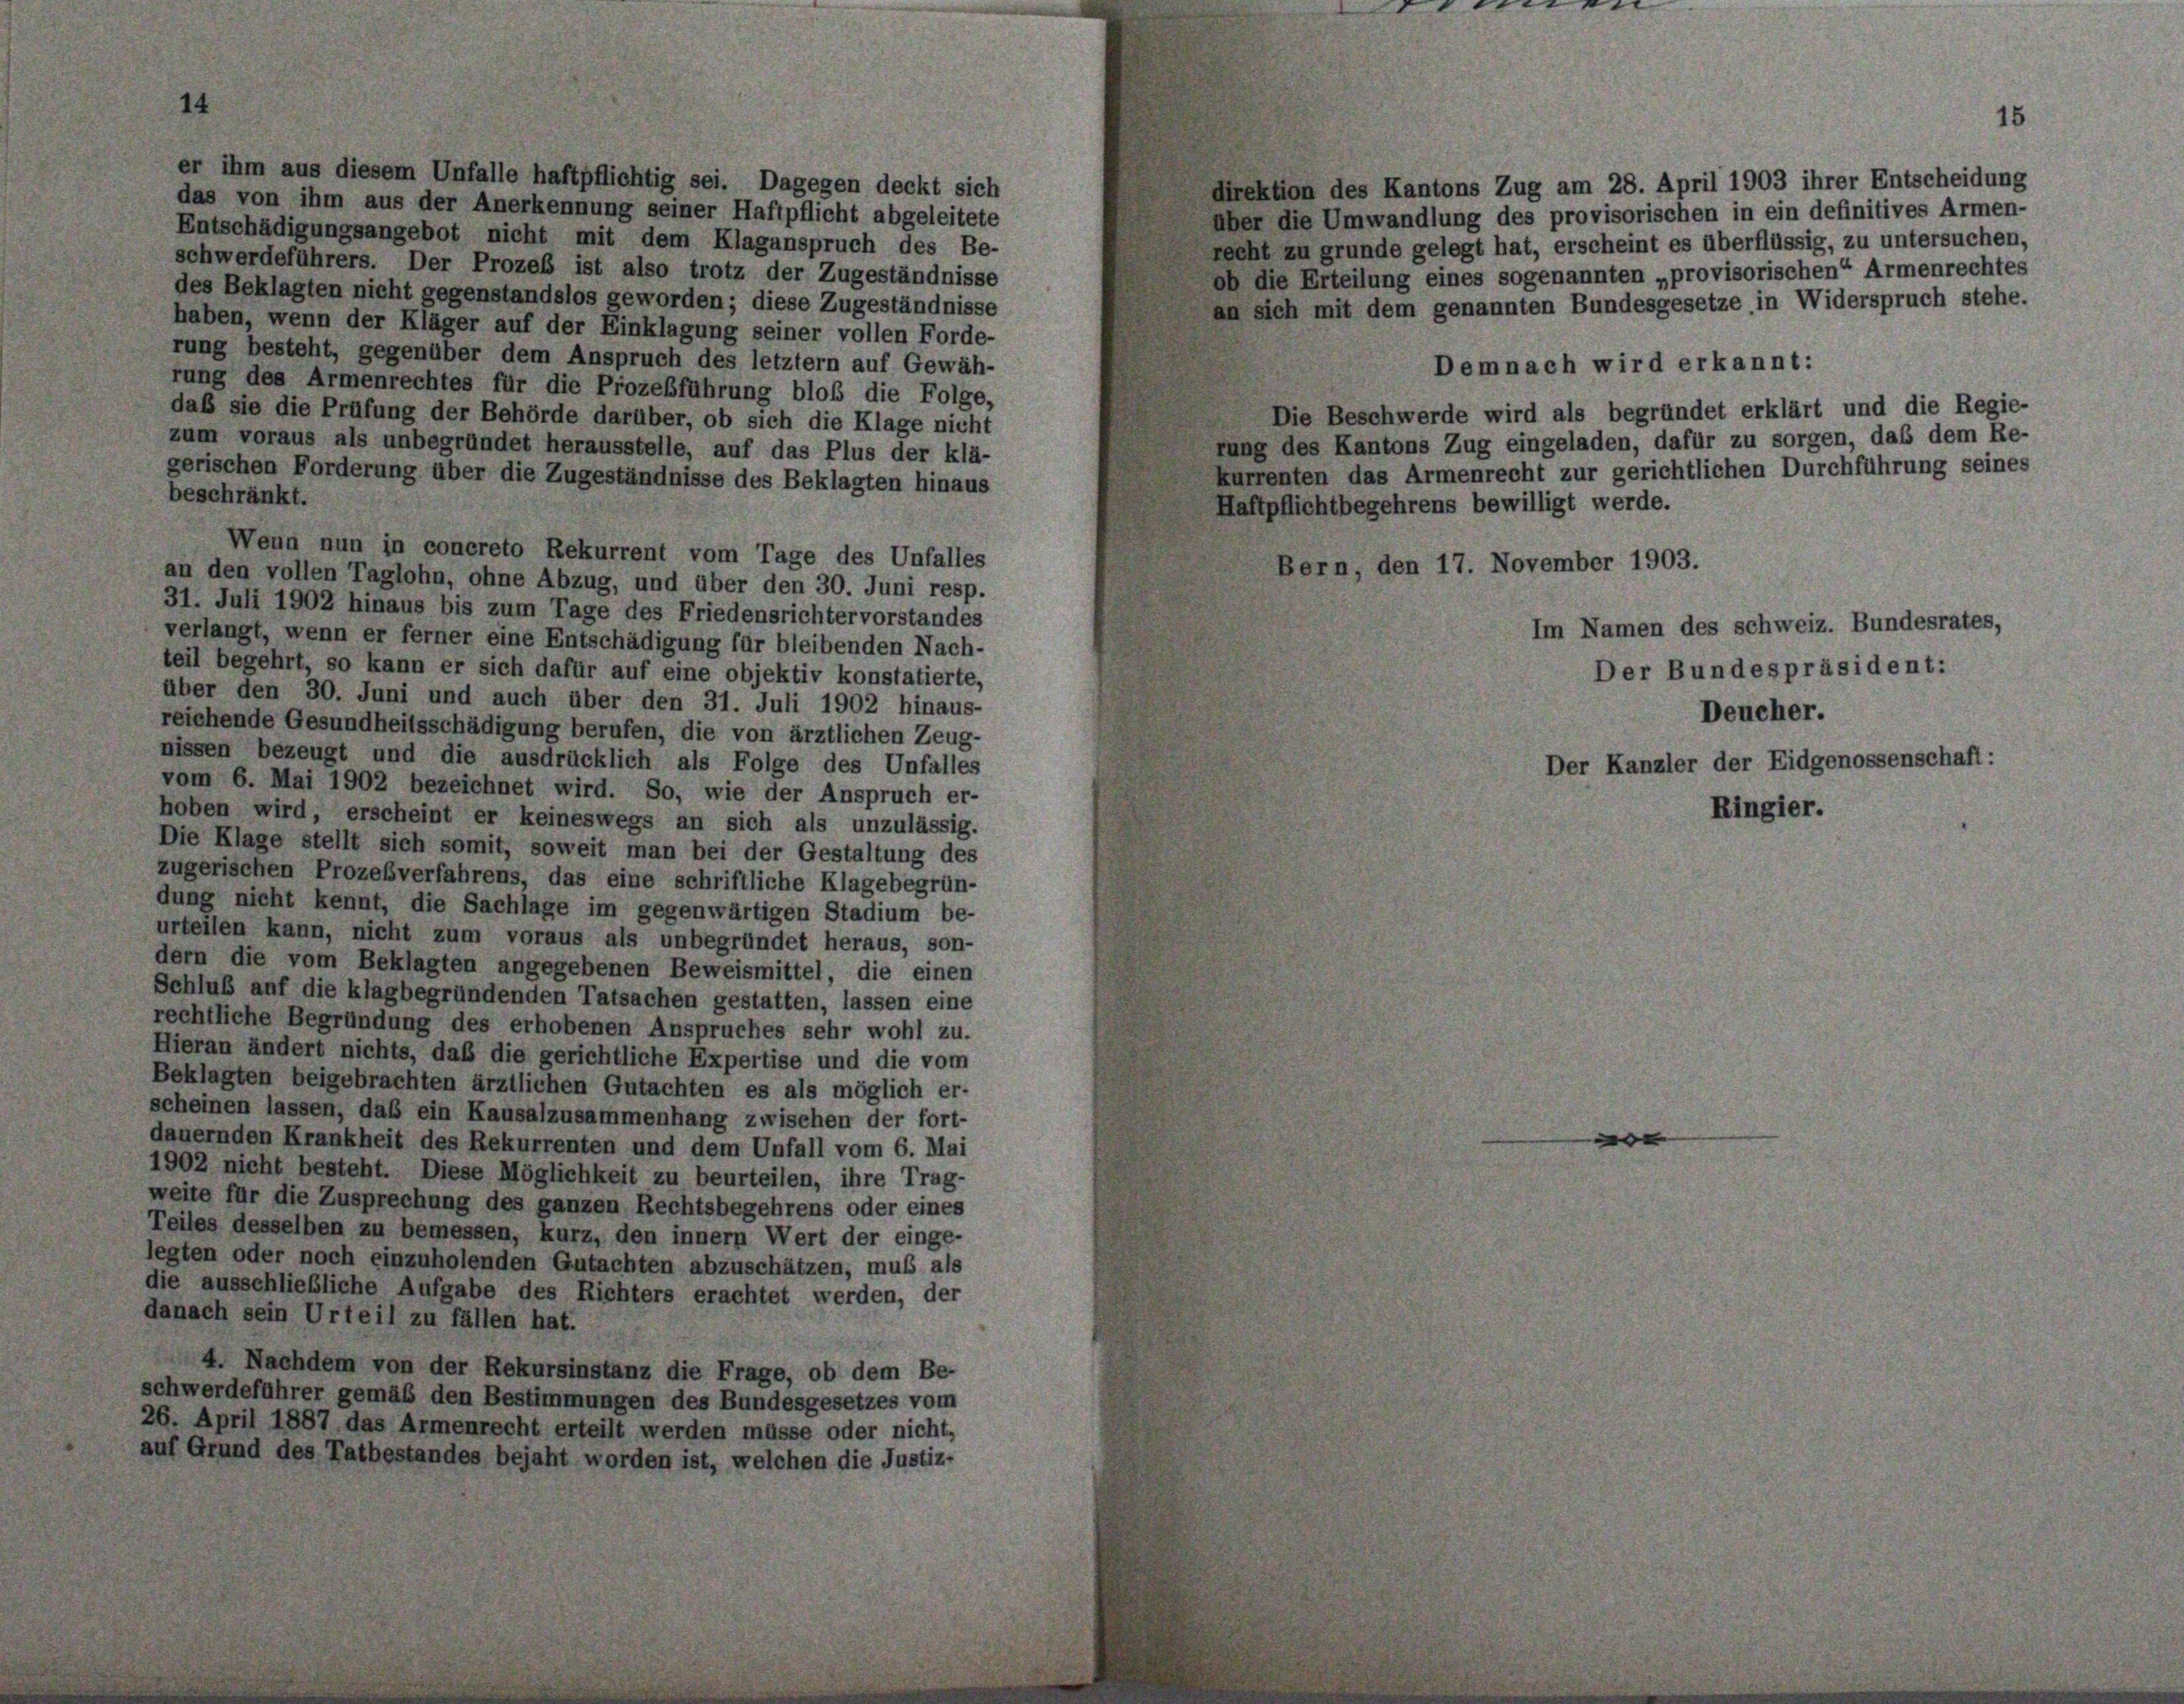
1.

er ihm aus diesem Unfalle haftpflichtig sei. Dagegen deckt sich
das von ihm aus der Anerkennung seiner Haftpflicht abgeleitete

direktion des Kantons Zug am 28. April 1903 ihrer Entscheidung
über die Umwandlung des provisorischen in ein definitives Armen-
Entschädigungsangebot nicht mit dem Klaganspruch des Be-
recht zu grunde gelegt hat, erscheint es überflüssig, zu untersuchen,
schwerdeführers. Der Prozeß ist also trotz der Zugeständnisse
ob die Erteilung eines sogenannten „provisorischen“ Armenrechtes
des Beklagten nicht gegenstandslos geworden; diese Zugeständnisse
an sich mit dem genannten Bundesgesetze in Widerspruch stehe.
haben, wenn der Kläger auf der Einklagung seiner vollen Forde-
rung besteht, gegenüber dem Anspruch des letztem auf Gewäh-
Demnach wird erkannt:
rung des Armenrechtes für die Prozeßführung bloß die Folge,
Die Beschwerde wird als begründet erklärt und die Regie-
daß sie die Prüfung der Behörde darüber, ob sich die Klage nicht
fung des Kantons Zug eingeladen, dafür zu sorgen, daß dem Re-
zum voraus als unbegründet herausstelle, auf das Plus der klä-
kurrenten das Armenrecht zur gerichtlichen Durchführung seines
gerischen Forderung über die Zugeständnisse des Beklagten hinaus
beschränkt.
Haftpflichtbegehrens bewilligt werde.
Wenn nun in concreto Rekurrent vom Tage des Unfalles
Bern, den 17. November 1903.
an den vollen Taglohn, ohne Abzug, und über den 30. Juni resp.
31. Juli 1902 hinaus bis zum Tage des Friedensrichter vorstandes
verlangt, wenn er ferner eine Entschädigung für bleibenden Nach-
teil begehrt, so kann er sich dafür auf eine objektiv konstatierte,
über den 30. Juni und auch über den 31. Juli 1902 hinaus-
reichende Gesundheitsschädigung berufen, die von ärztlichen Zeug-
nissen bezeugt und die ausdrücklich als Folge des Unfalles
vom 6. Mai 1902 bezeichnet wird. So, wie der Anspruch er-
hoben wird, erscheint er keineswegs an sich als unzulässig.
Die Klage stellt sich somit, soweit man bei der Gestaltung des
zugerischen Prozeßverfahrens, das eine schriftliche Klagebegrün-
dung nicht kennt, die Sachlage im gegenwärtigen Stadium be-
urteilen kann, nicht zum voraus als unbegründet heraus, son-
dern die vom Beklagten angegebenen Beweismittel, die einen
Schluß auf die klagbegründenden Tatsachen gestatten, lassen eine
rechtliche Begründung des erhobenen Anspruches sehr wohl zu.
Hieran ändert nichts, daß die gerichtliche Expertise und die vom
Beklagten beigebrachten ärztlichen Gutachten es als möglich er-
scheinen lassen, das ein Kausalzusammenhang zwischen der fort-
|
dauernden Krankheit des Rekurrenten und dem Unfall vom 6. Mai
1902 nicht besteht. Diese Möglichkeit zu beurteilen, ihre Trag-
weite für die Zusprechung des ganzen Rechtsbegehrens oder eines
Teiles desselben zu bemessen, kurz, den innern Wert der einge-
legten oder noch einzuholenden Gutachten abzuschätzen, muß als
die ausschließliche Aufgabe des Richters erachtet werden, der
danach sein Urteil zu fällen hat.
4. Nachdem von der Rekursinstanz die Frage, ob dem Be-
schwerdeführer gemäß den Bestimmungen des Bundesgesetzes vom
26. April 1887 das Armenrecht erteilt werden müsse oder nicht,
auf Grund des Tatbestandes bejaht worden ist, welchen die Justiz-

Im Namen des schweiz. Bundesrates,
Der Bundespräsident:
Deucher.
Der Kanzler der Eidgenossenschaft:

Ringier.